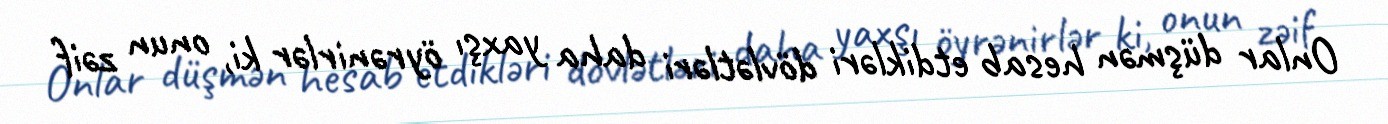
Onlar düşmən hesab etdikləri dövlətləri daha yaxşı öyrənirlər ki, onun zəif